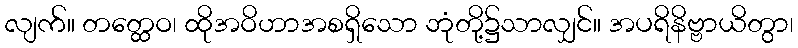
လျက်။ တတ္ထေဝ၊ ထိုအဝိဟာအစရှိသော ဘုံတို့၌သာလျှင်။ အပရိနိဗ္ဗာယိတွာ၊